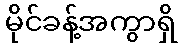
မိုင်ခန့်အကွာရှိ